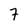
Character: 7